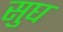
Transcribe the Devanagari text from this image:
सुघ